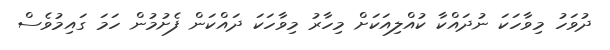
ދުވަހު މިވާހަކަ ނުދައްކާ ކުއްލިއަކަށް މިހާރު މިވާހަކަ ދައްކަން ފެށުމުން ހަމަ ގައިމުވެސް